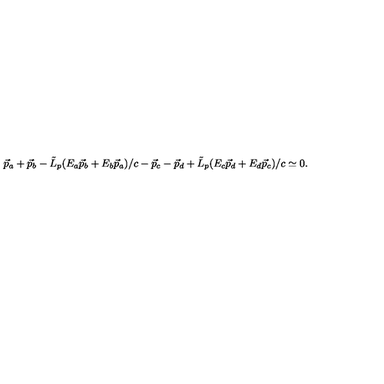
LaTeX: \vec { p } _ { a } + \vec { p } _ { b } - { \tilde { L } } _ { p } ( E _ { a } \vec { p } _ { b } + E _ { b } \vec { p } _ { a } ) / c - \vec { p } _ { c } - \vec { p } _ { d } + { \tilde { L } } _ { p } ( E _ { c } \vec { p } _ { d } + E _ { d } \vec { p } _ { c } ) / c \simeq 0 .